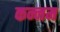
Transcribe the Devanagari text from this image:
कन्नम